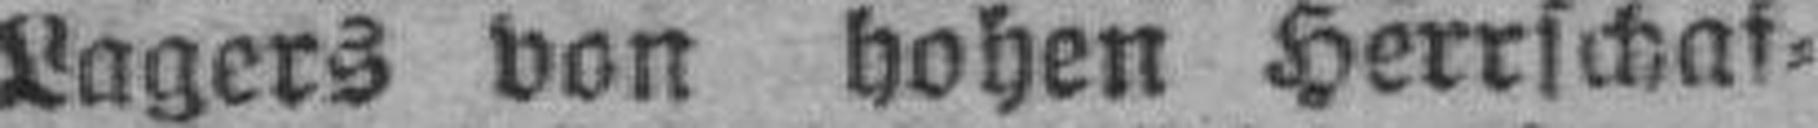
Lagers von hohen Herrschaf¬